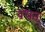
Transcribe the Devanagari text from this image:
बधत